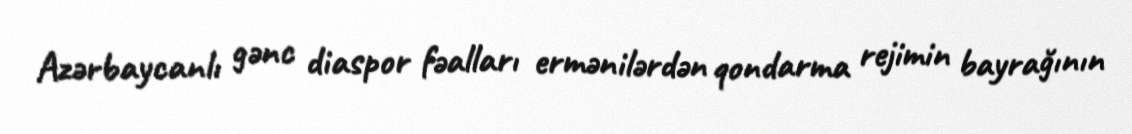
Azərbaycanlı gənc diaspor fəalları ermənilərdən qondarma rejimin bayrağının